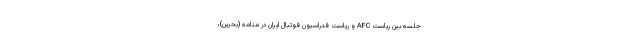
جلسه بین ریاست AFC و ریاست فدراسیون فوتبال ایران در منامه (بحرین)،